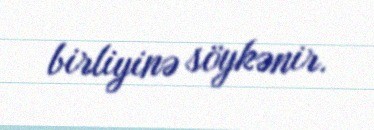
birliyinə söykənir.